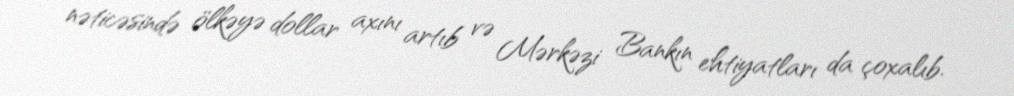
nəticəsində ölkəyə dollar axını artıb və Mərkəzi Bankın ehtiyatları da çoxalıb.